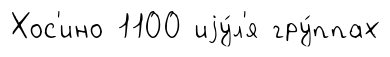
Хос'ино 1100 иjу́л'я гру́ппах